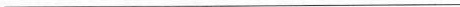
___